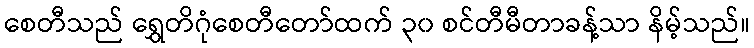
စေတီသည် ရွှေတိဂုံစေတီတော်ထက် ၃၀ စင်တီမီတာခန့်သာ နိမ့်သည်။